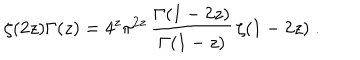
LaTeX: \zeta ( 2 z ) \Gamma ( z ) = 4 ^ { z } \pi ^ { 2 z } \, \frac { \Gamma ( 1 - 2 z ) } { \Gamma ( 1 - z ) } \, \zeta ( 1 - 2 z ) \; .